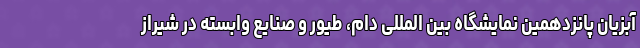
آبزیان پانزدهمین نمایشگاه بین المللی دام، طیور و صنایع وابسته در شیراز